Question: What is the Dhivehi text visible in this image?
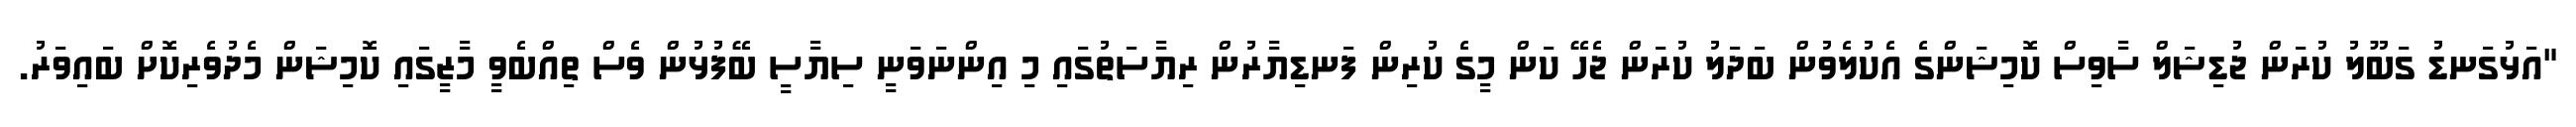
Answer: "އަޅުގަނޑު ގަބޫލު ކުރަން ޖުޑިޝަލް ސާވިސް ކޮމިޝަންގެ އެކުލެވުން ބަދަލު ކުރަން ޖެހޭ ކަން މީގެ ކުރިން ފަނޑިޔާރުން ރިޔާސަތުގައި މި އިންނަވަނީ ސިޔާސީ ބޭފުޅުން ވެސް ތިއްބެވީ މާޒީގައި ކޮމިޝަން މެދުވެރިކޮށް ބައިވަރު.